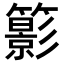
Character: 𥶩